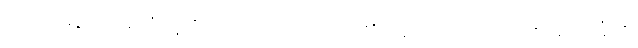
တေသဒ္ဒေ၊ ထိုအသံတို့ကို။ သုဏေယျ၊ ကြားရာ၏။ ဣတိ၊ ဤသို့။ သစေအာကင်္ခတိ၊